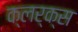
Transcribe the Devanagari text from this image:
क्लर्क्स